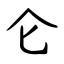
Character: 仑